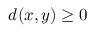
d ( x , y ) \geq 0